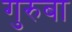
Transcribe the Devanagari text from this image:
गुरुबा